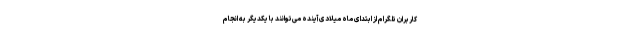
کاربران تلگرام از ابتدای ماه میلادی آینده می‌توانند با یکدیگر به انجام